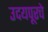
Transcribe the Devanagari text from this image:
उदयपूरचे